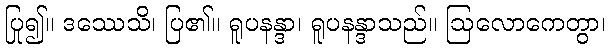
ပြု၍။ ဒဿေသိ၊ ပြ၏။ ရူပနန္ဒာ၊ ရူပနန္ဒာသည်။ ဩလောကေတွာ၊